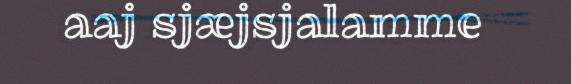
aaj sjæjsjalamme